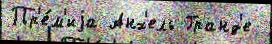
Пр'е́м'иjа Анх'ель Гранд'е